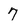
Character: 7